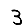
Digit: 3